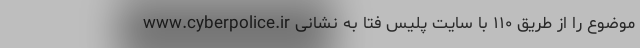
موضوع را از طریق ۱۱۰ با سایت پلیس فتا به نشانی www.cyberpolice.ir